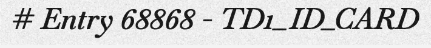
# Entry 68868 - TD1_ID_CARD